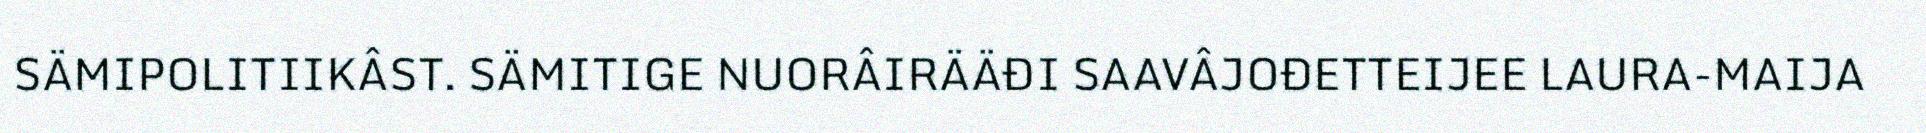
SÄMIPOLITIIKÂST. SÄMITIGE NUORÂIRÄÄĐI SAAVÂJOĐETTEIJEE LAURA-MAIJA